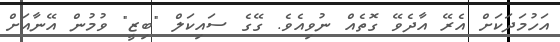
އަހުމަދަކަށް އެރޭ އާދެވޭ ގޮތެއް ނުވިއެވެ. ގޭގެ ސައިކަލް "ބިޒީ" ވުމުން އޭނާއަށް